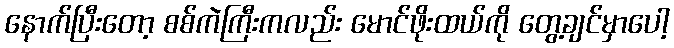
နောက်ပြီးတော့ စစ်ကဲကြီးကလည်း မောင်ဖိုးထယ်ကို တွေ့ချင်မှာပေါ့